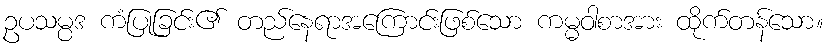
ဥပသမ္ပဒ ကံပြုခြင်း၏ တည်နေရာအကြောင်းဖြစ်သော ကမ္မဝါစာအား ထိုက်တန်သော။